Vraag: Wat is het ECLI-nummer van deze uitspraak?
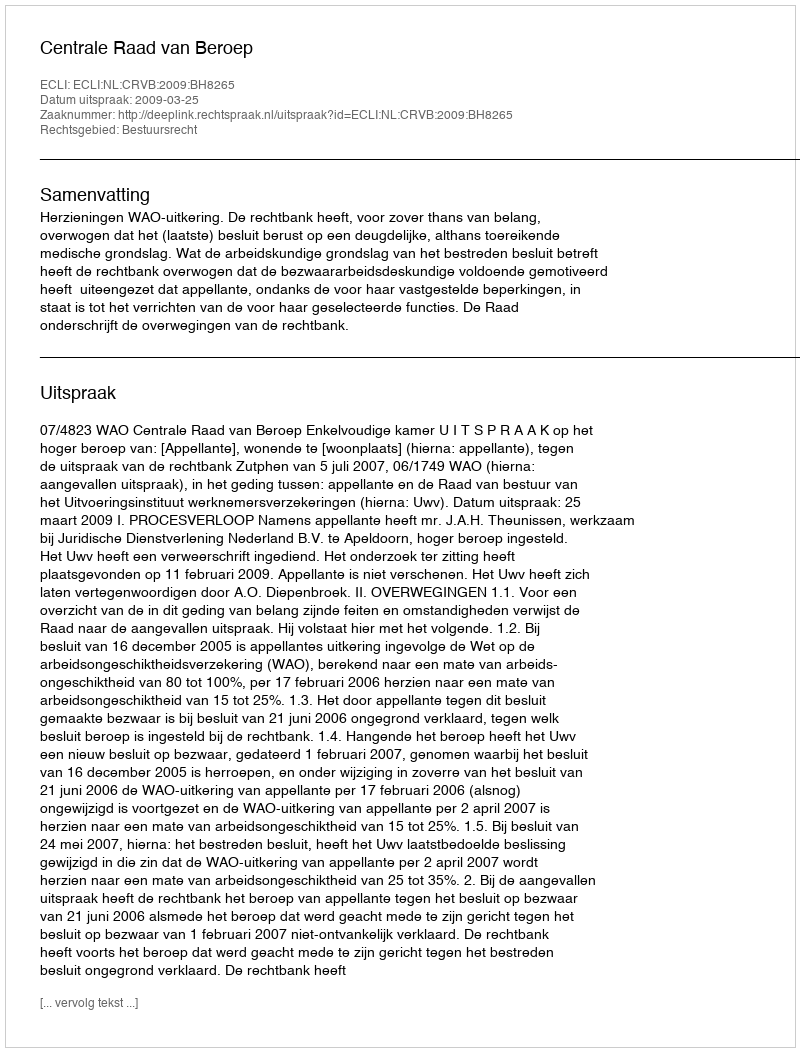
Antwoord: ECLI:NL:CRVB:2009:BH8265